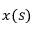
x ( s )